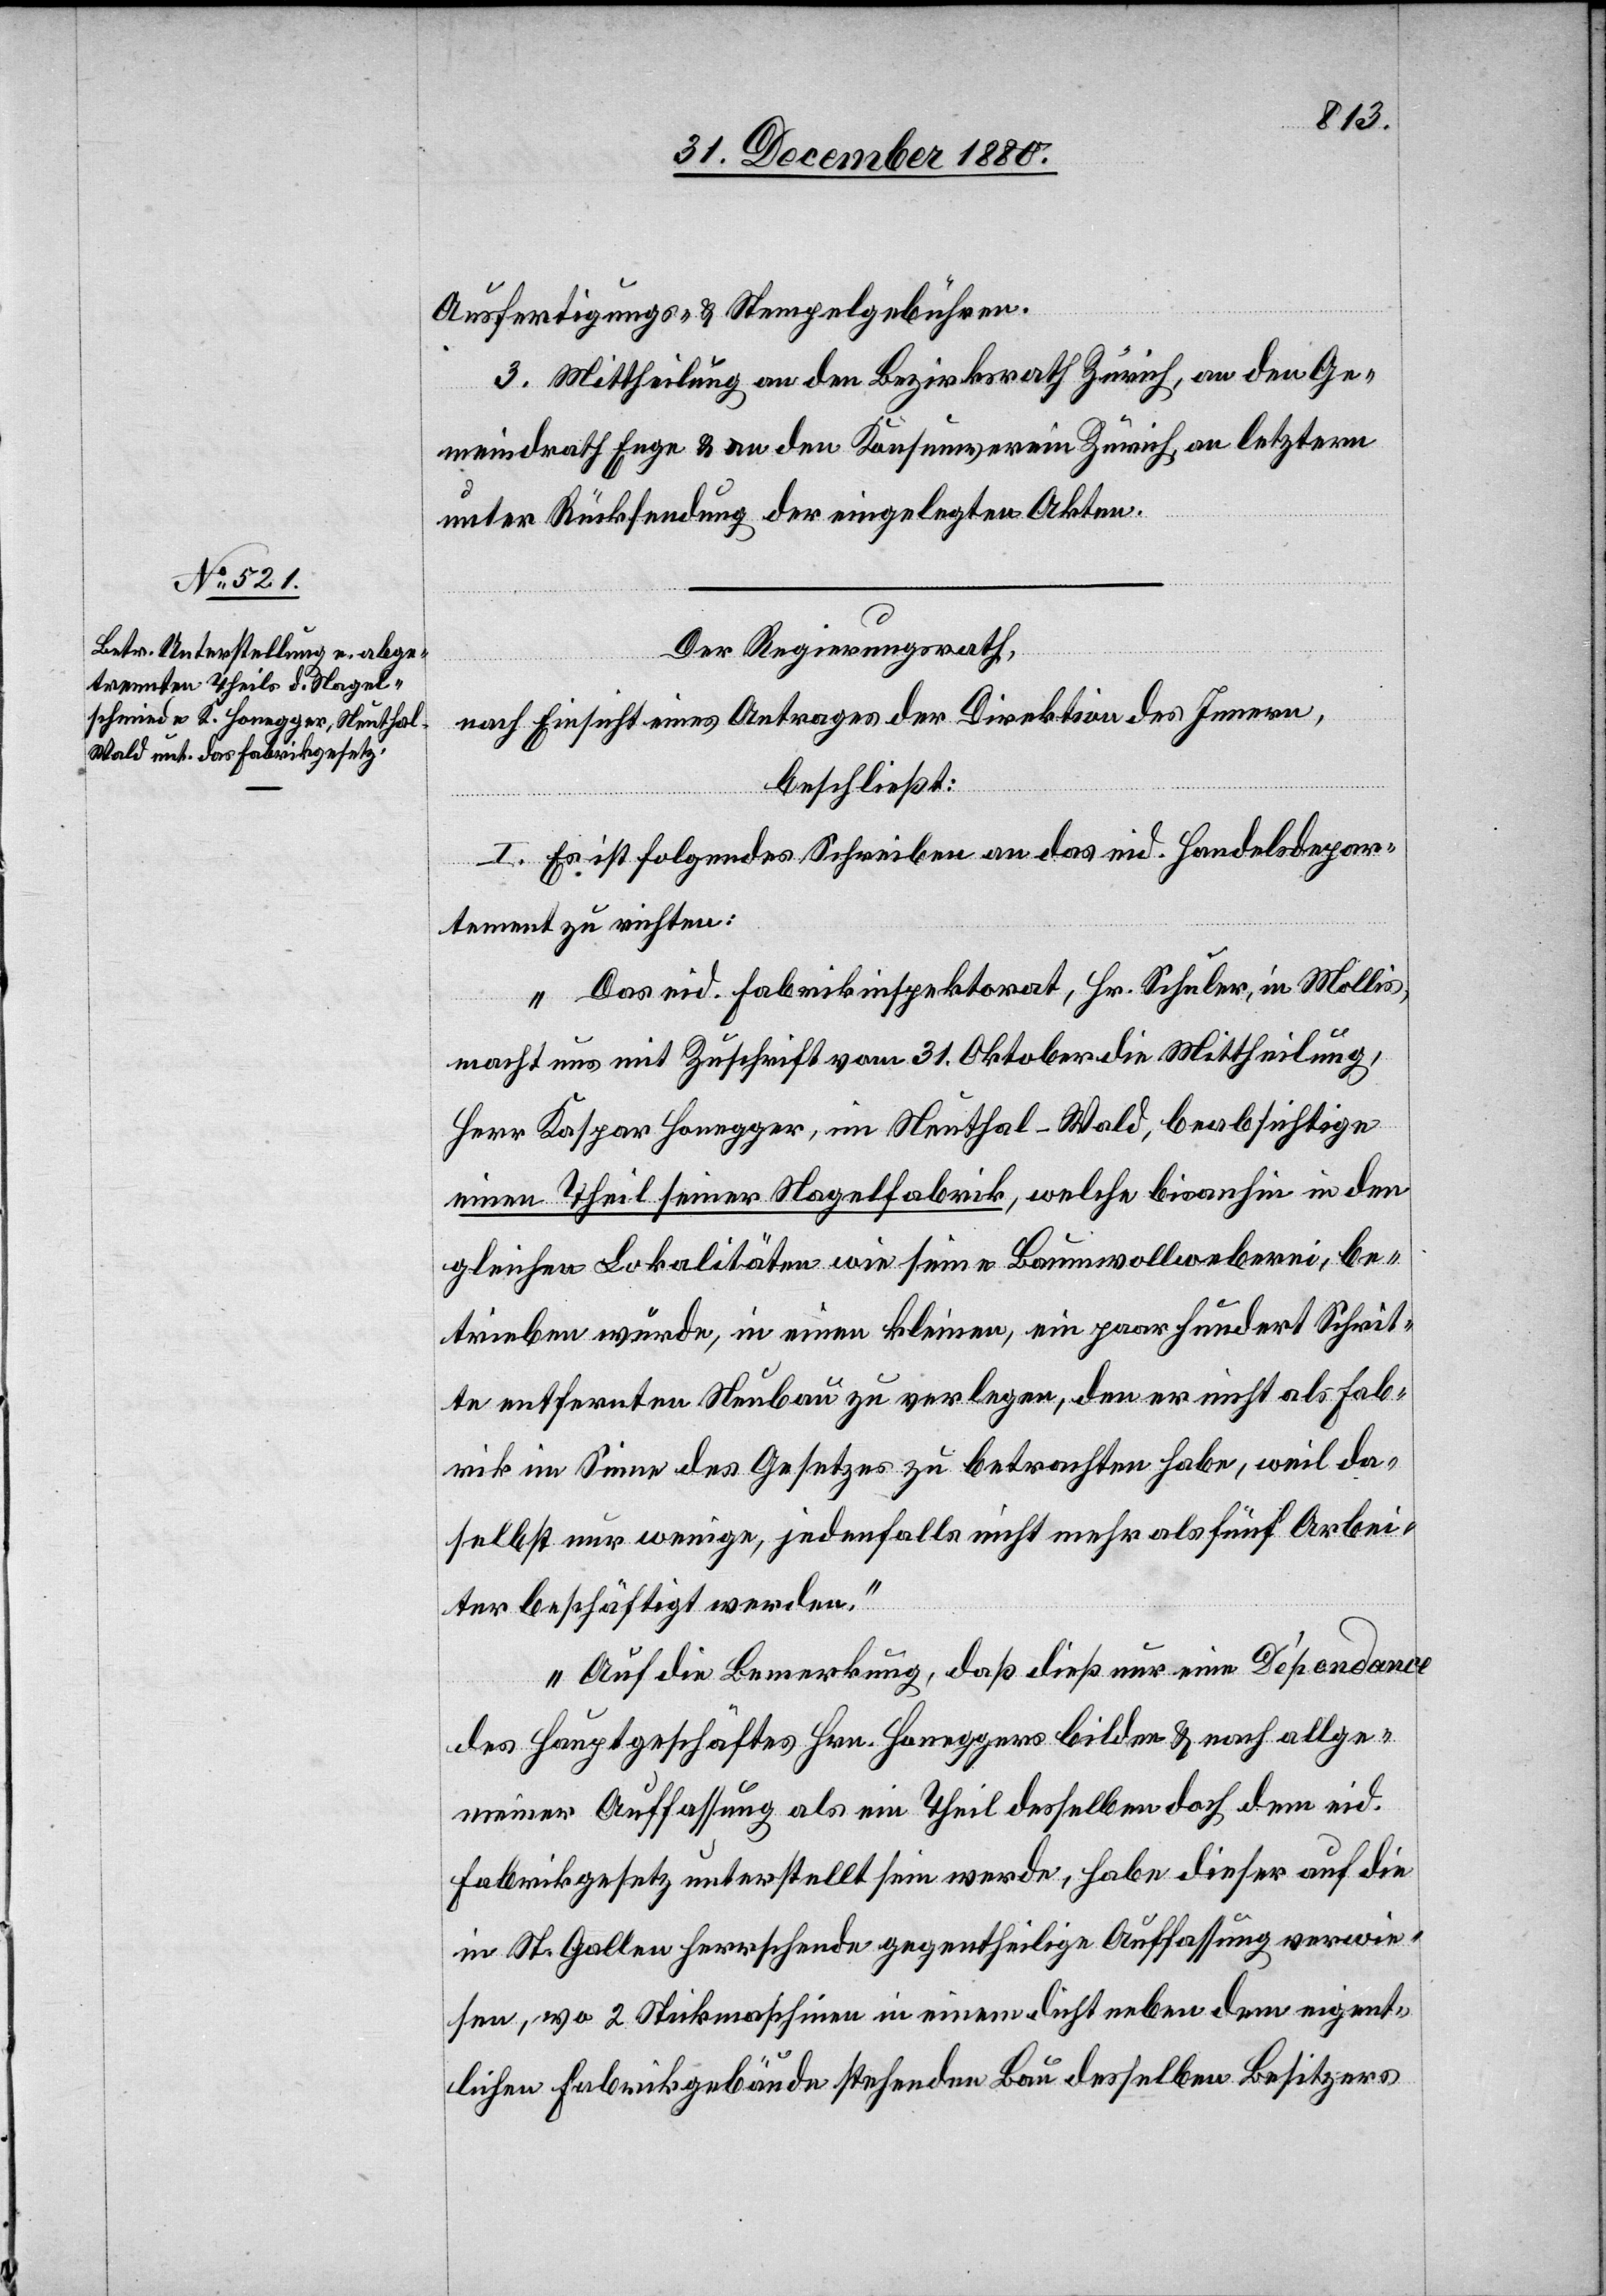
Ausfertigungs- & Stempelgebühren.
3. Mittheilung an den Bezirksrath Zürich, an den Ge¬
meindrath Enge & an den Konsumverein Zürich, an letztern
unter Rücksendung der eingelegten Akten.
Der Regierungsrath,
nach Einsicht eines Antrages der Direktion des Innern,
beschließt:
I. Es ist folgendes Schreiben an das eid. Handelsdepar¬
tement zu richten:
„Das eid. Fabrikinspektorat, Hr. Schuler, in Mollis,
macht uns mit Zuschrift vom 31. Oktober die Mittheilung,
Herr Kaspar Honegger, im Neuthal - Wald, beabsichtige
einen Theil seiner Nagelfabrik, welche bisanhin in den
gleichen Lokalitäten wie seine Baumwollweberei, be¬
trieben wurde, in einen kleinen, ein paar hundert Schrit¬
te entfernten Neubau zu verlegen, den er nicht als Fab¬
rik im Sinne des Gesetzes zu betrachten habe, weil da¬
selbst nur wenige, jedenfalls nicht mehr als fünf Arbei¬
ter beschäftigt werden.
Auf die Bemerkung, daß dieß nur eine Dépendance
des Hauptgeschäftes Hrn. Honeggers bilden & nach allge¬
meiner Auffassung als ein Theil desselben doch dem eid.
Fabrikgesetz unterstellt sein werde, habe dieser auf die
in St. Gallen herrschende gegentheilige Auffassung verwie¬
sen, wo 2 Stickmaschinen in einem dicht neben dem eigent¬
lichen Fabrikgebäude stehenden Bau desselben Besitzers